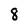
Character: 8